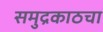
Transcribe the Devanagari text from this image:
समुद्रकाठचा